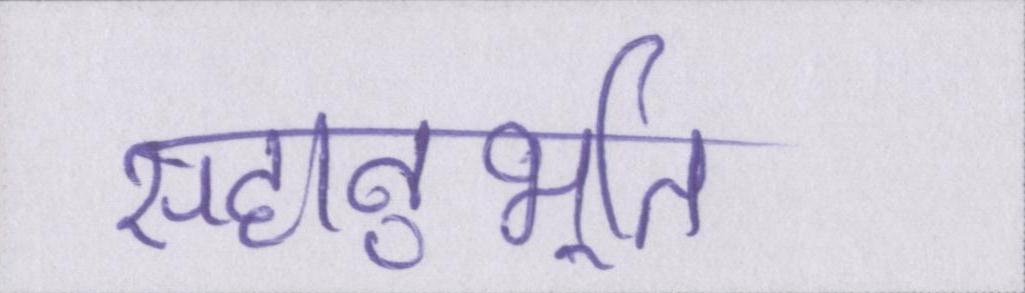
सहानुभूति